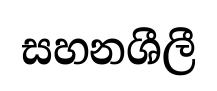
සහනශීලී